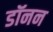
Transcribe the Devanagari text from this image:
डॉनन